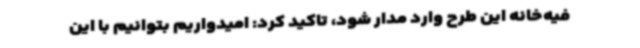
فیه‌خانه این طرح وارد مدار شود، تاکید کرد: امیدواریم بتوانیم با این